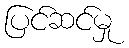
ပြင်ဆင်မှု